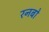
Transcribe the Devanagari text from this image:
रनबो